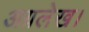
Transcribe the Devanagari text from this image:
अग्रलेख।